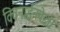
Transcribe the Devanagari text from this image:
क्विनाईनपेक्षा